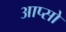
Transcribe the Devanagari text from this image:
आप्सो